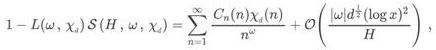
$1 - L(\omega, \chi_d) S(H, \omega, \chi_d)=\sum_{n = 1}^{\infty} \frac{C_n(\chi_d) n}{n^{\omega}}+\mathcal{O}\left(\frac{|\omega|^{\frac{1}{2}}(\log x)^2}{H}\right),$